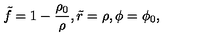
\tilde { f } = 1 - \frac { \rho _ { 0 } } { \rho } , \tilde { r } = \rho , \phi = \phi _ { 0 } ,